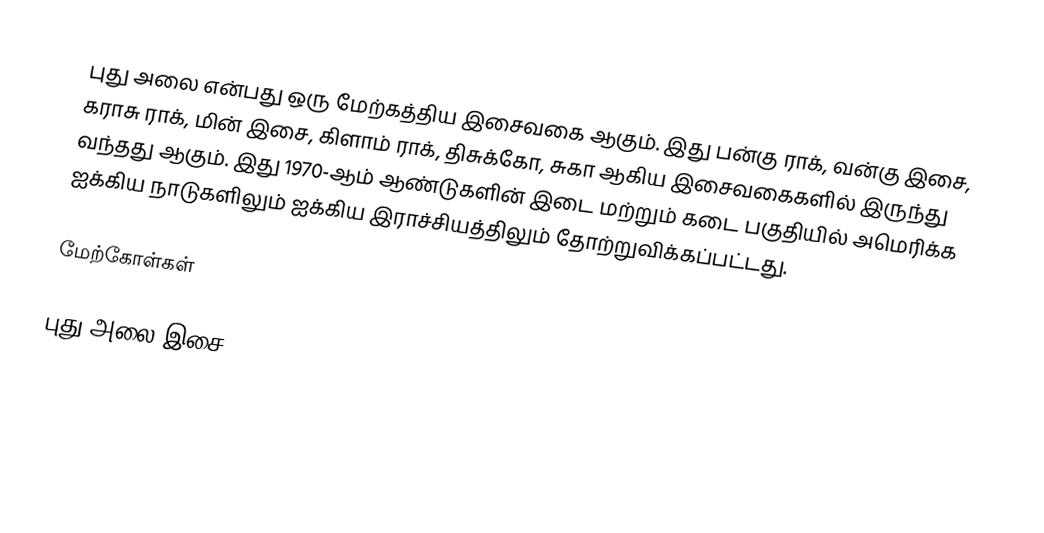
புது அலை என்பது ஒரு மேற்கத்திய இசைவகை ஆகும். இது பன்கு ராக், வன்கு இசை, கராசு ராக், மின் இசை, கிளாம் ராக், திசுக்கோ, சுகா ஆகிய இசைவகைகளில் இருந்து வந்தது ஆகும். இது 1970-ஆம் ஆண்டுகளின் இடை மற்றும் கடை பகுதியில் அமெரிக்க ஐக்கிய நாடுகளிலும் ஐக்கிய இராச்சியத்திலும் தோற்றுவிக்கப்பட்டது.

மேற்கோள்கள்

புது அலை இசை